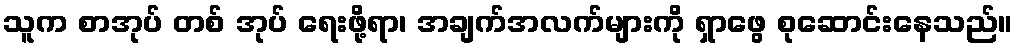
သူက စာအုပ် တစ် အုပ် ရေးဖို့ရာ၊ အချက်အလက်များကို ရှာဖွေ စုဆောင်းနေသည်။